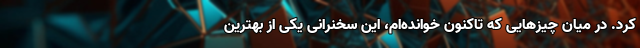
کرد. در میان چیزهایی که تاکنون خوانده‌ام، این سخنرانی یکی از بهترین